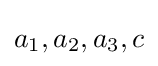
a_{1},a_{2},a_{3},c